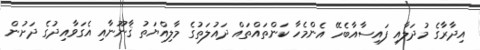
އިދާރާގެ މުދަލާއި ފައިސާއާބެހޭ އެންމެހާ ކަންތައްތައް ދައުލަތުގެ މާލިއްޔަތު ޤާނޫނާއި އެގަވާއިދުގެ ދަށުން